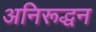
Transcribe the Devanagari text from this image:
अनिरूद्धन